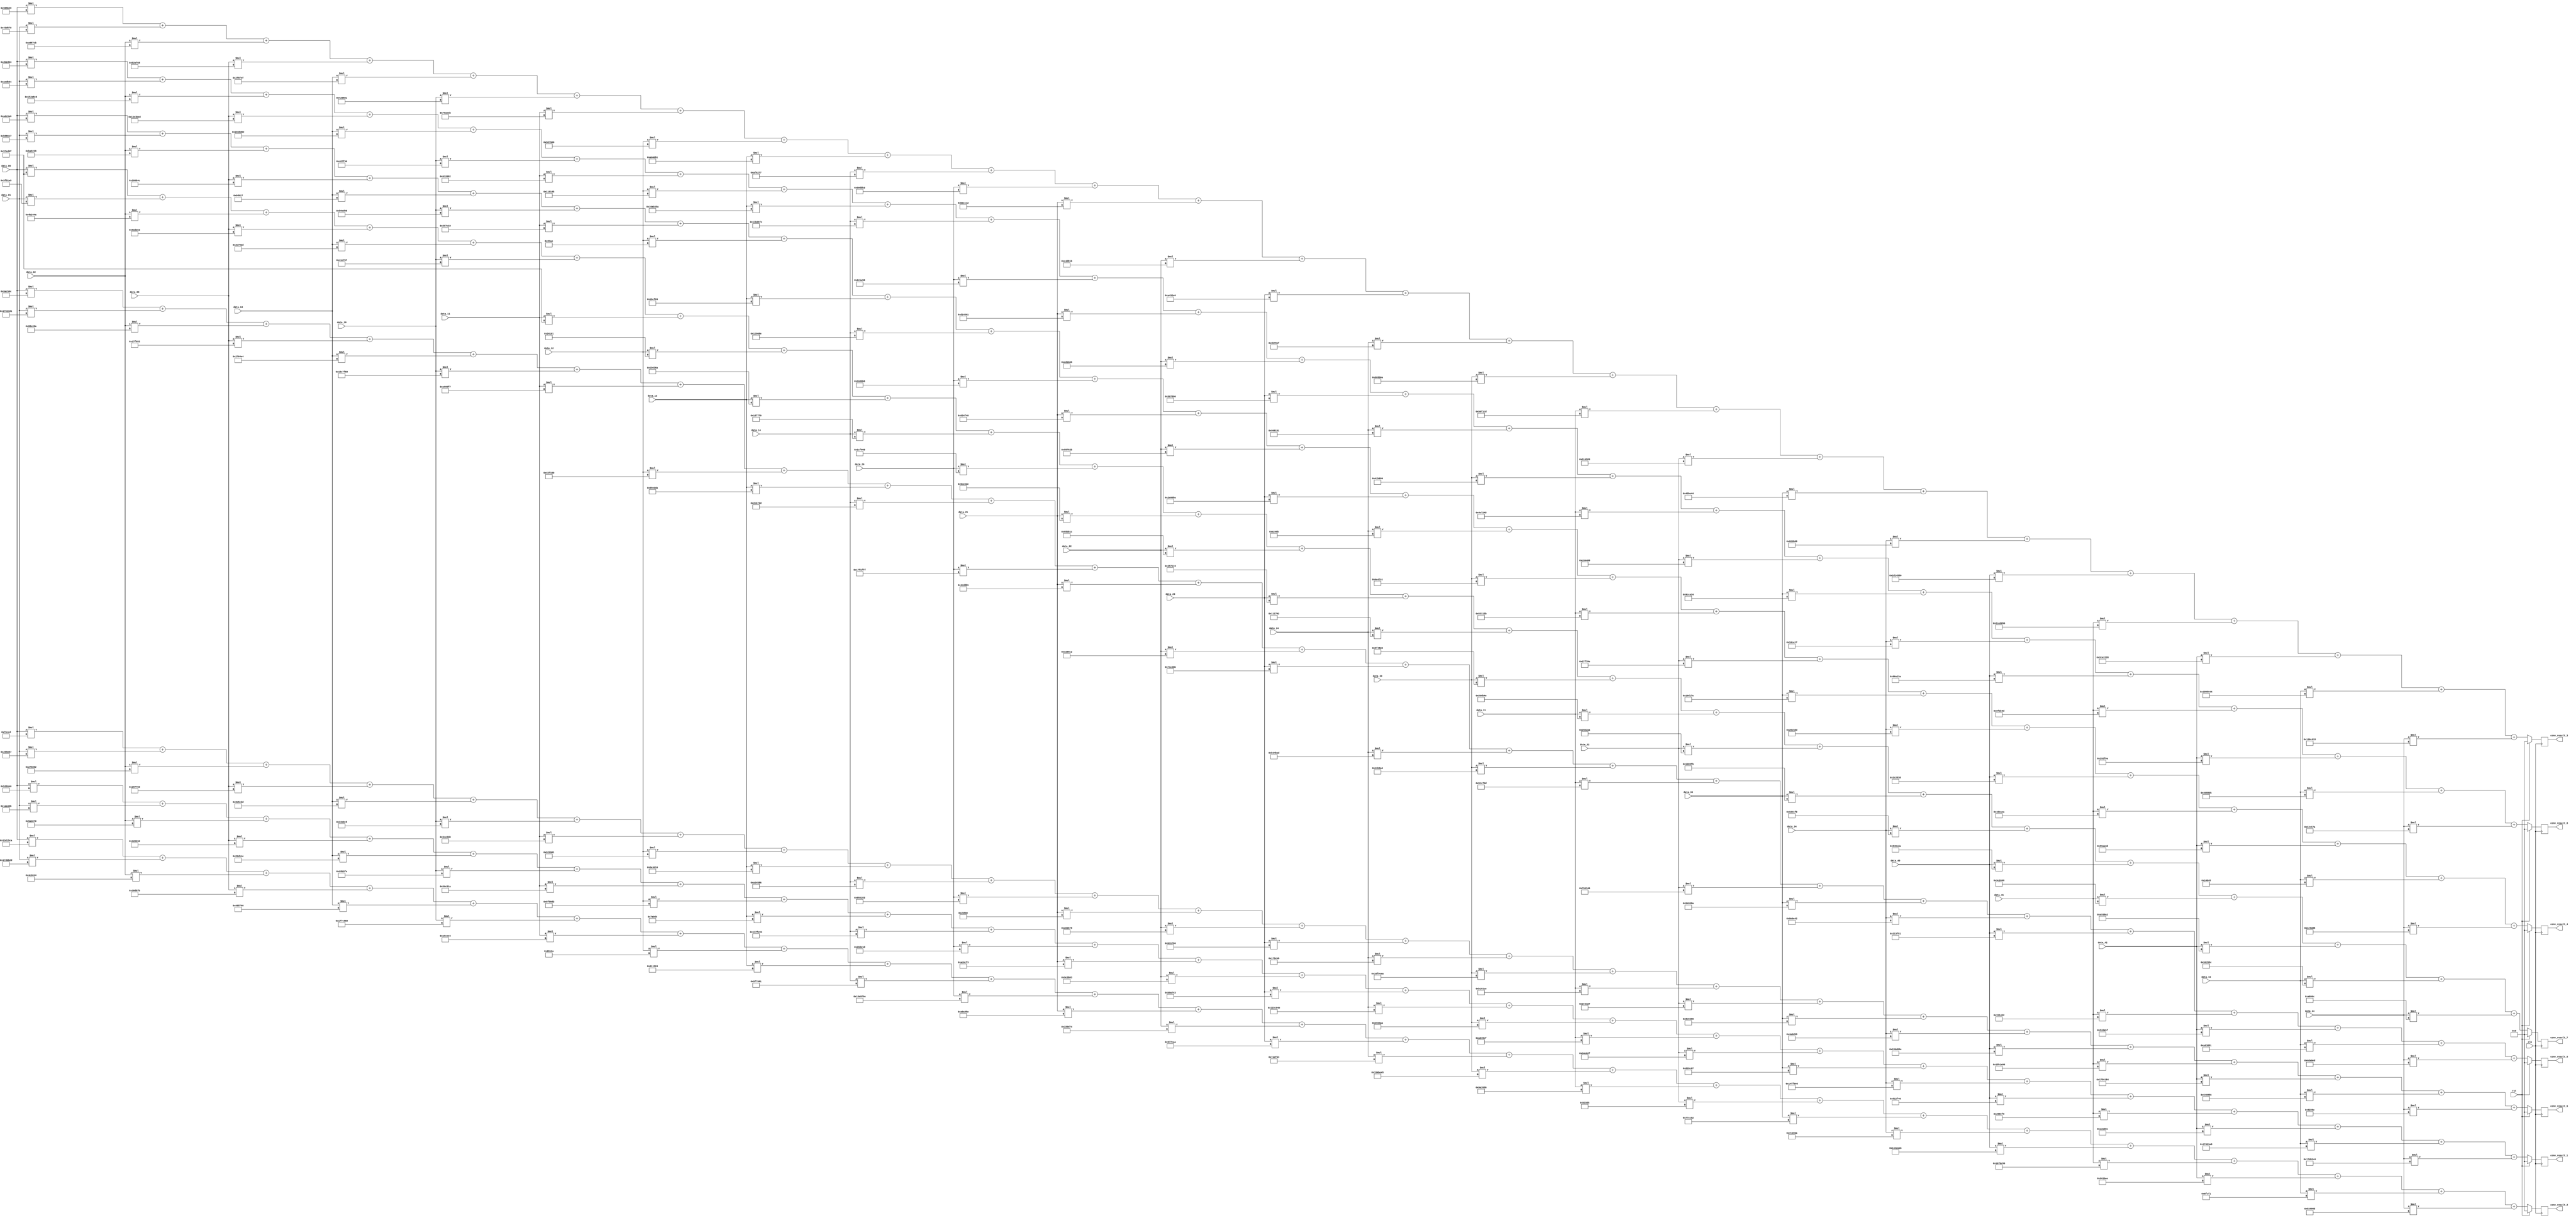
`timescale 1ns / 1ps
/*
`define DATA_X 28
`define DATA_Y 28
`define DATA_SIZE 32
`define WEIGHT_X 5
`define WEIGHT_Y 5
`define WEIGHT_SIZE 32
`define CONV_X 24
`define CONV_Y 24
`define CONV_SIZE 69
*/
module conv_layer (
	input clk,    // Clock
	input rst,  // Asynchronous reset active high
	input signed [31:0] data_00,
	input signed [31:0] data_01,
	input signed [31:0] data_02,
	input signed [31:0] data_03,
	input signed [31:0] data_04,
	input signed [31:0] data_10,
	input signed [31:0] data_11,
	input signed [31:0] data_12,
	input signed [31:0] data_13,
	input signed [31:0] data_14,
	input signed [31:0] data_20,
	input signed [31:0] data_21,
	input signed [31:0] data_22,
	input signed [31:0] data_23,
	input signed [31:0] data_24,
	input signed [31:0] data_30,
	input signed [31:0] data_31,
	input signed [31:0] data_32,
	input signed [31:0] data_33,
	input signed [31:0] data_34,
	input signed [31:0] data_40,
	input signed [31:0] data_41,
	input signed [31:0] data_42,
	input signed [31:0] data_43,
	input signed [31:0] data_44,
	output reg signed [68:0] conv_result_1,
	output reg signed [68:0] conv_result_2,
	output reg signed [68:0] conv_result_3,
	output reg signed [68:0] conv_result_4,
	output reg signed [68:0] conv_result_5,
	output reg signed [68:0] conv_result_6,
	output reg signed [68:0] conv_result_7,
	output reg signed [68:0] conv_result_8
);

	integer i,j;
	wire signed [31:0] weight_read [7:0][24:0];
	reg signed [68:0] weight [7:0][24:0];
	reg signed [68:0] next_conv_result_1;
	reg signed [68:0] next_conv_result_2;
	reg signed [68:0] next_conv_result_3;
	reg signed [68:0] next_conv_result_4;
	reg signed [68:0] next_conv_result_5;
	reg signed [68:0] next_conv_result_6;
	reg signed [68:0] next_conv_result_7;
	reg signed [68:0] next_conv_result_8;

assign weight_read[0][0] = 32'b11111111101100111011010101000000;
assign weight_read[0][1] = 32'b00000000000110101010010001101011;
assign weight_read[0][2] = 32'b00000000010110100011000001110000;
assign weight_read[0][3] = 32'b00000000000100100000001000110010;
assign weight_read[0][4] = 32'b11111111100000011101000101001110;
assign weight_read[0][5] = 32'b11111111100101011011001111111110;
assign weight_read[0][6] = 32'b00000000010100001100010100011010;
assign weight_read[0][7] = 32'b00000000100011111011100011010010;
assign weight_read[0][8] = 32'b00000000000001111010000011010100;
assign weight_read[0][9] = 32'b11111111001101111111111010010001;
assign weight_read[0][10] = 32'b11111111111000001101111000011101;
assign weight_read[0][11] = 32'b00000000101011000000110011110011;
assign weight_read[0][12] = 32'b00000000100111001101100000000011;
assign weight_read[0][13] = 32'b11111111101110011010011101000011;
assign weight_read[0][14] = 32'b11111111000101011100000001001110;
assign weight_read[0][15] = 32'b00000000010001010101010010101010;
assign weight_read[0][16] = 32'b00000000101011010100100111001111;
assign weight_read[0][17] = 32'b00000000001101001110011000101111;
assign weight_read[0][18] = 32'b11111111100000110101110000000111;
assign weight_read[0][19] = 32'b11111111010011111111011000000101;
assign weight_read[0][20] = 32'b00000000010100010010111101000110;
assign weight_read[0][21] = 32'b00000000001001101001111011111001;
assign weight_read[0][22] = 32'b11111111101000101010001100001100;
assign weight_read[0][23] = 32'b11111111011101000011001110100011;
assign weight_read[0][24] = 32'b11111111011111010110001011000110;
assign weight_read[1][0] = 32'b11111111001111010001010111001010;
assign weight_read[1][1] = 32'b11111111011111010000101100101101;
assign weight_read[1][2] = 32'b11111111110011000011011000010100;
assign weight_read[1][3] = 32'b00000000001110001101101101111011;
assign weight_read[1][4] = 32'b00000000011010010101011101100000;
assign weight_read[1][5] = 32'b11111111011101111100100101101001;
assign weight_read[1][6] = 32'b11111111101001101100111011100100;
assign weight_read[1][7] = 32'b11111111111111100110000100101010;
assign weight_read[1][8] = 32'b00000000011000010001001100100100;
assign weight_read[1][9] = 32'b00000000010111110111100110010001;
assign weight_read[1][10] = 32'b11111111010111101001011110011110;
assign weight_read[1][11] = 32'b11111111101000001010100001011110;
assign weight_read[1][12] = 32'b00000000001000100000110101110100;
assign weight_read[1][13] = 32'b00000000100101110111110010101010;
assign weight_read[1][14] = 32'b00000000011101001110111101000011;
assign weight_read[1][15] = 32'b11111111010101001011111010100101;
assign weight_read[1][16] = 32'b11111111100110100011100100110110;
assign weight_read[1][17] = 32'b00000000000010110001010111010101;
assign weight_read[1][18] = 32'b00000000011101111100110001010010;
assign weight_read[1][19] = 32'b00000000011111000100100101101010;
assign weight_read[1][20] = 32'b11111111010001000010101000011011;
assign weight_read[1][21] = 32'b11111111011001111011110001010110;
assign weight_read[1][22] = 32'b11111111100101100001101110101110;
assign weight_read[1][23] = 32'b00000000000001101111110011110001;
assign weight_read[1][24] = 32'b00000000010100101001100110000101;
assign weight_read[2][0] = 32'b11111111110101100101101101001001;
assign weight_read[2][1] = 32'b11111111110000111101011001110000;
assign weight_read[2][2] = 32'b11111111101010011000011111001011;
assign weight_read[2][3] = 32'b11111111101100101010111101101000;
assign weight_read[2][4] = 32'b11111111111011110110111111101111;
assign weight_read[2][5] = 32'b00000000010000100000011010000001;
assign weight_read[2][6] = 32'b00000000011110011010111011101011;
assign weight_read[2][7] = 32'b00000000100110000111100100000000;
assign weight_read[2][8] = 32'b00000000101001100000110110110001;
assign weight_read[2][9] = 32'b00000000101011110110001001110111;
assign weight_read[2][10] = 32'b00000000010100001101101110110011;
assign weight_read[2][11] = 32'b00000000101110111100110011000010;
assign weight_read[2][12] = 32'b00000000110001001101100000011011;
assign weight_read[2][13] = 32'b00000000101001000011001011100000;
assign weight_read[2][14] = 32'b00000000001110110111011000011111;
assign weight_read[2][15] = 32'b11111111100010000101101101101010;
assign weight_read[2][16] = 32'b11111111110100001111000111001101;
assign weight_read[2][17] = 32'b11111111110100010110010110000011;
assign weight_read[2][18] = 32'b11111111110001011011111001000100;
assign weight_read[2][19] = 32'b11111111100000100011101110001000;
assign weight_read[2][20] = 32'b11111110110100010100010110000000;
assign weight_read[2][21] = 32'b11111110110010100101000001010110;
assign weight_read[2][22] = 32'b11111110110011100010001000101000;
assign weight_read[2][23] = 32'b11111111000010010101000001000100;
assign weight_read[2][24] = 32'b11111111001001101100110100010101;
assign weight_read[3][0] = 32'b11111111101011011100100110100110;
assign weight_read[3][1] = 32'b11111111101101011000011000010111;
assign weight_read[3][2] = 32'b11111111101110101001001000111001;
assign weight_read[3][3] = 32'b11111111111000000000100001001100;
assign weight_read[3][4] = 32'b11111111111110001101000000010111;
assign weight_read[3][5] = 32'b11111111101100001110110110011000;
assign weight_read[3][6] = 32'b11111111111000000111110000011001;
assign weight_read[3][7] = 32'b00000000000000001000001110101110;
assign weight_read[3][8] = 32'b00000000000110111100111100000011;
assign weight_read[3][9] = 32'b00000000000100101001000010001110;
assign weight_read[3][10] = 32'b00000000000101101000101110110110;
assign weight_read[3][11] = 32'b00000000011000110100111101000000;
assign weight_read[3][12] = 32'b00000000010110000111100000101011;
assign weight_read[3][13] = 32'b00000000001011100000000010111010;
assign weight_read[3][14] = 32'b00000000000011100010010001101011;
assign weight_read[3][15] = 32'b00000000010011100100011111001100;
assign weight_read[3][16] = 32'b00000000010100110001000100101011;
assign weight_read[3][17] = 32'b00000000001001111111011100001110;
assign weight_read[3][18] = 32'b00000000000101101101000101111110;
assign weight_read[3][19] = 32'b00000000001000000001010111011101;
assign weight_read[3][20] = 32'b11111111111011000010110100111000;
assign weight_read[3][21] = 32'b11111111110011011100101011101010;
assign weight_read[3][22] = 32'b11111111110110011010101000111101;
assign weight_read[3][23] = 32'b00000000000000010100100001000101;
assign weight_read[3][24] = 32'b00000000000111101001110111011000;
assign weight_read[4][0] = 32'b11111111100010101100010100001100;
assign weight_read[4][1] = 32'b11111111011110000010000110000001;
assign weight_read[4][2] = 32'b11111111100010001110001010001010;
assign weight_read[4][3] = 32'b11111111111101111111100101010010;
assign weight_read[4][4] = 32'b00000000001001110110010010100100;
assign weight_read[4][5] = 32'b11111111010111000111111101101001;
assign weight_read[4][6] = 32'b11111111101010010000000011110111;
assign weight_read[4][7] = 32'b00000000010000111111000101100000;
assign weight_read[4][8] = 32'b00000000100110011110110111011010;
assign weight_read[4][9] = 32'b00000000001011100110011100111101;
assign weight_read[4][10] = 32'b11111111011111110001111111111111;
assign weight_read[4][11] = 32'b00000000010011001101110110110001;
assign weight_read[4][12] = 32'b00000000110010101001010111000010;
assign weight_read[4][13] = 32'b00000000011100011100001010111011;
assign weight_read[4][14] = 32'b11111111101100110100101110101101;
assign weight_read[4][15] = 32'b11111111111101101011001110100100;
assign weight_read[4][16] = 32'b00000000100100011100011110111101;
assign weight_read[4][17] = 32'b00000000011100000110001101000110;
assign weight_read[4][18] = 32'b11111111110101001001010110001010;
assign weight_read[4][19] = 32'b11111111100011100000111001000010;
assign weight_read[4][20] = 32'b00000000001000010011111101010001;
assign weight_read[4][21] = 32'b00000000001100010001010000110010;
assign weight_read[4][22] = 32'b11111111110100101101101001011111;
assign weight_read[4][23] = 32'b11111111101010010011100001010001;
assign weight_read[4][24] = 32'b11111111110011011010000011101101;
assign weight_read[5][0] = 32'b00000000000001110000110011001101;
assign weight_read[5][1] = 32'b00000000001001010101000010000111;
assign weight_read[5][2] = 32'b00000000001001110110000001100010;
assign weight_read[5][3] = 32'b11111111111010010111011101100000;
assign weight_read[5][4] = 32'b11111111100011100101110011011101;
assign weight_read[5][5] = 32'b11111111111000101110000011000101;
assign weight_read[5][6] = 32'b00000000001111001110001011010000;
assign weight_read[5][7] = 32'b00000000100100101001100101100001;
assign weight_read[5][8] = 32'b00000000010110100011110100010000;
assign weight_read[5][9] = 32'b11111111101000110100010110000110;
assign weight_read[5][10] = 32'b11111111100101010101001010000011;
assign weight_read[5][11] = 32'b00000000000000101011010110001110;
assign weight_read[5][12] = 32'b00000000101001100011011001111000;
assign weight_read[5][13] = 32'b00000000101100110001011110000110;
assign weight_read[5][14] = 32'b11111111111101110101110010111011;
assign weight_read[5][15] = 32'b11111111011011111001111010101010;
assign weight_read[5][16] = 32'b11111111101100010000000111001110;
assign weight_read[5][17] = 32'b00000000001011100011001100100111;
assign weight_read[5][18] = 32'b00000000100011101000001110011001;
assign weight_read[5][19] = 32'b00000000010010100000110110010011;
assign weight_read[5][20] = 32'b11111111010110111101000000111110;
assign weight_read[5][21] = 32'b11111111010110110001101010010110;
assign weight_read[5][22] = 32'b11111111011101010110000110000100;
assign weight_read[5][23] = 32'b11111111110101000000100001010110;
assign weight_read[5][24] = 32'b00000000000010010010001010001110;
assign weight_read[6][0] = 32'b11111111111010101001101110111010;
assign weight_read[6][1] = 32'b11111111110111110101000110101001;
assign weight_read[6][2] = 32'b11111111110010110010010001001010;
assign weight_read[6][3] = 32'b11111111110110101101101001010011;
assign weight_read[6][4] = 32'b11111111111011000111000000101101;
assign weight_read[6][5] = 32'b11111111110000011100011101100111;
assign weight_read[6][6] = 32'b11111111110101111110110100001111;
assign weight_read[6][7] = 32'b00000000000000100100000100000001;
assign weight_read[6][8] = 32'b00000000000110110110001101101010;
assign weight_read[6][9] = 32'b00000000000111010111011101110000;
assign weight_read[6][10] = 32'b00000000000111001111000001100000;
assign weight_read[6][11] = 32'b00000000010111000010001011011110;
assign weight_read[6][12] = 32'b00000000011001011011101100011100;
assign weight_read[6][13] = 32'b00000000001101010111000100011001;
assign weight_read[6][14] = 32'b00000000000100010001011110010010;
assign weight_read[6][15] = 32'b00000000010111110100100000100010;
assign weight_read[6][16] = 32'b00000000010101100110101101001110;
assign weight_read[6][17] = 32'b00000000001001101011001010101010;
assign weight_read[6][18] = 32'b00000000000100001000100111111011;
assign weight_read[6][19] = 32'b00000000000100000100000111110000;
assign weight_read[6][20] = 32'b11111111110101001001111011011010;
assign weight_read[6][21] = 32'b11111111100111000010011010011000;
assign weight_read[6][22] = 32'b11111111101010010011100010100010;
assign weight_read[6][23] = 32'b11111111110110010010010101011100;
assign weight_read[6][24] = 32'b11111111111110100110000001101100;
assign weight_read[7][0] = 32'b11111111111010110010110101100011;
assign weight_read[7][1] = 32'b11111111101011101101101100000100;
assign weight_read[7][2] = 32'b11111111010100101010100011000110;
assign weight_read[7][3] = 32'b11111111001111100011101111101101;
assign weight_read[7][4] = 32'b11111111011001101000110100001110;
assign weight_read[7][5] = 32'b00000000010010000111111100111101;
assign weight_read[7][6] = 32'b00000000011000110010011010000010;
assign weight_read[7][7] = 32'b11111111111100010000000101000101;
assign weight_read[7][8] = 32'b11111111011010101011001101011010;
assign weight_read[7][9] = 32'b11111111001110110010011011111100;
assign weight_read[7][10] = 32'b00000000001011001011101001010000;
assign weight_read[7][11] = 32'b00000000110100010100010101100001;
assign weight_read[7][12] = 32'b00000000111011010001101100000110;
assign weight_read[7][13] = 32'b00000000010100000111100010010000;
assign weight_read[7][14] = 32'b11111111100001101000000100110001;
assign weight_read[7][15] = 32'b11111111110000011011011010011001;
assign weight_read[7][16] = 32'b00000000010011100111001001000101;
assign weight_read[7][17] = 32'b00000000110010000100010001100000;
assign weight_read[7][18] = 32'b00000000100111001100101000100100;
assign weight_read[7][19] = 32'b11111111111100001100111000010111;
assign weight_read[7][20] = 32'b11111111100001101010001000111010;
assign weight_read[7][21] = 32'b11111111100011111101110001101101;
assign weight_read[7][22] = 32'b11111111111010010010111100001010;
assign weight_read[7][23] = 32'b00000000010000001000100011010101;
assign weight_read[7][24] = 32'b00000000000100101100000101111010;


	// weight sign extend
	always @(*) begin
		for (i = 0; i < 8; i=i+1) begin
			for (j = 0; j < 25; j=j+1) begin
				weight[i][j][31:0] = weight_read[i][j];
				weight[i][j][68:32] = {37{weight_read[i][j][31]}};
			end
		end
	end

	// calculation
	always @(*) begin
		next_conv_result_1 = data_00*weight[0][0] + data_01*weight[0][1] + data_02*weight[0][2] + data_03*weight[0][3] + data_04*weight[0][4] +
													data_10*weight[0][5] + data_11*weight[0][6] + data_12*weight[0][7] + data_13*weight[0][8] + data_14*weight[0][9] +
													data_20*weight[0][10] + data_21*weight[0][11] + data_22*weight[0][12] + data_23*weight[0][13] + data_24*weight[0][14] +
													data_30*weight[0][15] + data_31*weight[0][16] + data_32*weight[0][17] + data_33*weight[0][18] + data_34*weight[0][19] +
													data_40*weight[0][20] + data_41*weight[0][21] + data_42*weight[0][22] + data_43*weight[0][23] + data_44*weight[0][24];
		next_conv_result_2 = data_00*weight[1][0] + data_01*weight[1][1] + data_02*weight[1][2] + data_03*weight[1][3] + data_04*weight[1][4] +
													data_10*weight[1][5] + data_11*weight[1][6] + data_12*weight[1][7] + data_13*weight[1][8] + data_14*weight[1][9] +
													data_20*weight[1][10] + data_21*weight[1][11] + data_22*weight[1][12] + data_23*weight[1][13] + data_24*weight[1][14] +
													data_30*weight[1][15] + data_31*weight[1][16] + data_32*weight[1][17] + data_33*weight[1][18] + data_34*weight[1][19] +
													data_40*weight[1][20] + data_41*weight[1][21] + data_42*weight[1][22] + data_43*weight[1][23] + data_44*weight[1][24];
		next_conv_result_3 = data_00*weight[2][0] + data_01*weight[2][1] + data_02*weight[2][2] + data_03*weight[2][3] + data_04*weight[2][4] +
													data_10*weight[2][5] + data_11*weight[2][6] + data_12*weight[2][7] + data_13*weight[2][8] + data_14*weight[2][9] +
													data_20*weight[2][10] + data_21*weight[2][11] + data_22*weight[2][12] + data_23*weight[2][13] + data_24*weight[2][14] +
													data_30*weight[2][15] + data_31*weight[2][16] + data_32*weight[2][17] + data_33*weight[2][18] + data_34*weight[2][19] +
													data_40*weight[2][20] + data_41*weight[2][21] + data_42*weight[2][22] + data_43*weight[2][23] + data_44*weight[2][24];
		next_conv_result_4 = data_00*weight[3][0] + data_01*weight[3][1] + data_02*weight[3][2] + data_03*weight[3][3] + data_04*weight[3][4] +
													data_10*weight[3][5] + data_11*weight[3][6] + data_12*weight[3][7] + data_13*weight[3][8] + data_14*weight[3][9] +
													data_20*weight[3][10] + data_21*weight[3][11] + data_22*weight[3][12] + data_23*weight[3][13] + data_24*weight[3][14] +
													data_30*weight[3][15] + data_31*weight[3][16] + data_32*weight[3][17] + data_33*weight[3][18] + data_34*weight[3][19] +
													data_40*weight[3][20] + data_41*weight[3][21] + data_42*weight[3][22] + data_43*weight[3][23] + data_44*weight[3][24];
		next_conv_result_5 = data_00*weight[4][0] + data_01*weight[4][1] + data_02*weight[4][2] + data_03*weight[4][3] + data_04*weight[4][4] +
													data_10*weight[4][5] + data_11*weight[4][6] + data_12*weight[4][7] + data_13*weight[4][8] + data_14*weight[4][9] +
													data_20*weight[4][10] + data_21*weight[4][11] + data_22*weight[4][12] + data_23*weight[4][13] + data_24*weight[4][14] +
													data_30*weight[4][15] + data_31*weight[4][16] + data_32*weight[4][17] + data_33*weight[4][18] + data_34*weight[4][19] +
													data_40*weight[4][20] + data_41*weight[4][21] + data_42*weight[4][22] + data_43*weight[4][23] + data_44*weight[4][24];
		next_conv_result_6 = data_00*weight[5][0] + data_01*weight[5][1] + data_02*weight[5][2] + data_03*weight[5][3] + data_04*weight[5][4] +
													data_10*weight[5][5] + data_11*weight[5][6] + data_12*weight[5][7] + data_13*weight[5][8] + data_14*weight[5][9] +
													data_20*weight[5][10] + data_21*weight[5][11] + data_22*weight[5][12] + data_23*weight[5][13] + data_24*weight[5][14] +
													data_30*weight[5][15] + data_31*weight[5][16] + data_32*weight[5][17] + data_33*weight[5][18] + data_34*weight[5][19] +
													data_40*weight[5][20] + data_41*weight[5][21] + data_42*weight[5][22] + data_43*weight[5][23] + data_44*weight[5][24];
		next_conv_result_7 = data_00*weight[6][6] + data_01*weight[6][1] + data_02*weight[6][2] + data_03*weight[6][3] + data_04*weight[6][4] +
													data_10*weight[6][5] + data_11*weight[6][6] + data_12*weight[6][7] + data_13*weight[6][8] + data_14*weight[6][9] +
													data_20*weight[6][10] + data_21*weight[6][11] + data_22*weight[6][12] + data_23*weight[6][13] + data_24*weight[6][14] +
													data_30*weight[6][15] + data_31*weight[6][16] + data_32*weight[6][17] + data_33*weight[6][18] + data_34*weight[6][19] +
													data_40*weight[6][20] + data_41*weight[6][21] + data_42*weight[6][22] + data_43*weight[6][23] + data_44*weight[6][24];
		next_conv_result_8 = data_00*weight[7][0] + data_01*weight[7][1] + data_02*weight[7][2] + data_03*weight[7][3] + data_04*weight[7][4] +
													data_10*weight[7][5] + data_11*weight[7][6] + data_12*weight[7][7] + data_13*weight[7][8] + data_14*weight[7][9] +
													data_20*weight[7][10] + data_21*weight[7][11] + data_22*weight[7][12] + data_23*weight[7][13] + data_24*weight[7][14] +
													data_30*weight[7][15] + data_31*weight[7][16] + data_32*weight[7][17] + data_33*weight[7][18] + data_34*weight[7][19] +
													data_40*weight[7][20] + data_41*weight[7][21] + data_42*weight[7][22] + data_43*weight[7][23] + data_44*weight[7][24];

	end


	always @ (posedge clk) begin
		if (rst) begin
			conv_result_1 <= 0;
			conv_result_2 <= 0;
			conv_result_3 <= 0;
			conv_result_4 <= 0;
			conv_result_5 <= 0;
			conv_result_6 <= 0;
			conv_result_7 <= 0;
			conv_result_8 <= 0;
		end else begin
			conv_result_1 <= next_conv_result_1;
			conv_result_2 <= next_conv_result_2;
			conv_result_3 <= next_conv_result_3;
			conv_result_4 <= next_conv_result_4;
			conv_result_5 <= next_conv_result_5;
			conv_result_6 <= next_conv_result_6;
			conv_result_7 <= next_conv_result_7;
			conv_result_8 <= next_conv_result_8;
		end
	end

endmodule